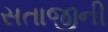
સતાજીની